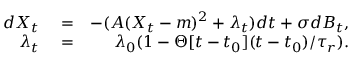
\begin{array} { r l r } { d X _ { t } } & { { } = } & { - ( A ( X _ { t } - m ) ^ { 2 } + \lambda _ { t } ) d t + \sigma d B _ { t } , } \\ { \lambda _ { t } } & { { } = } & { \lambda _ { 0 } ( 1 - \Theta [ t - t _ { 0 } ] ( t - t _ { 0 } ) / \tau _ { r } ) . } \end{array}